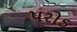
પરોડ